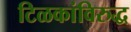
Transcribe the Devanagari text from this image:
टिळकांविरुद्ध